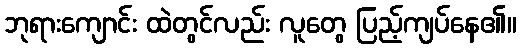
ဘုရားကျောင်း ထဲတွင်လည်း လူတွေ ပြည့်ကျပ်နေ၏။